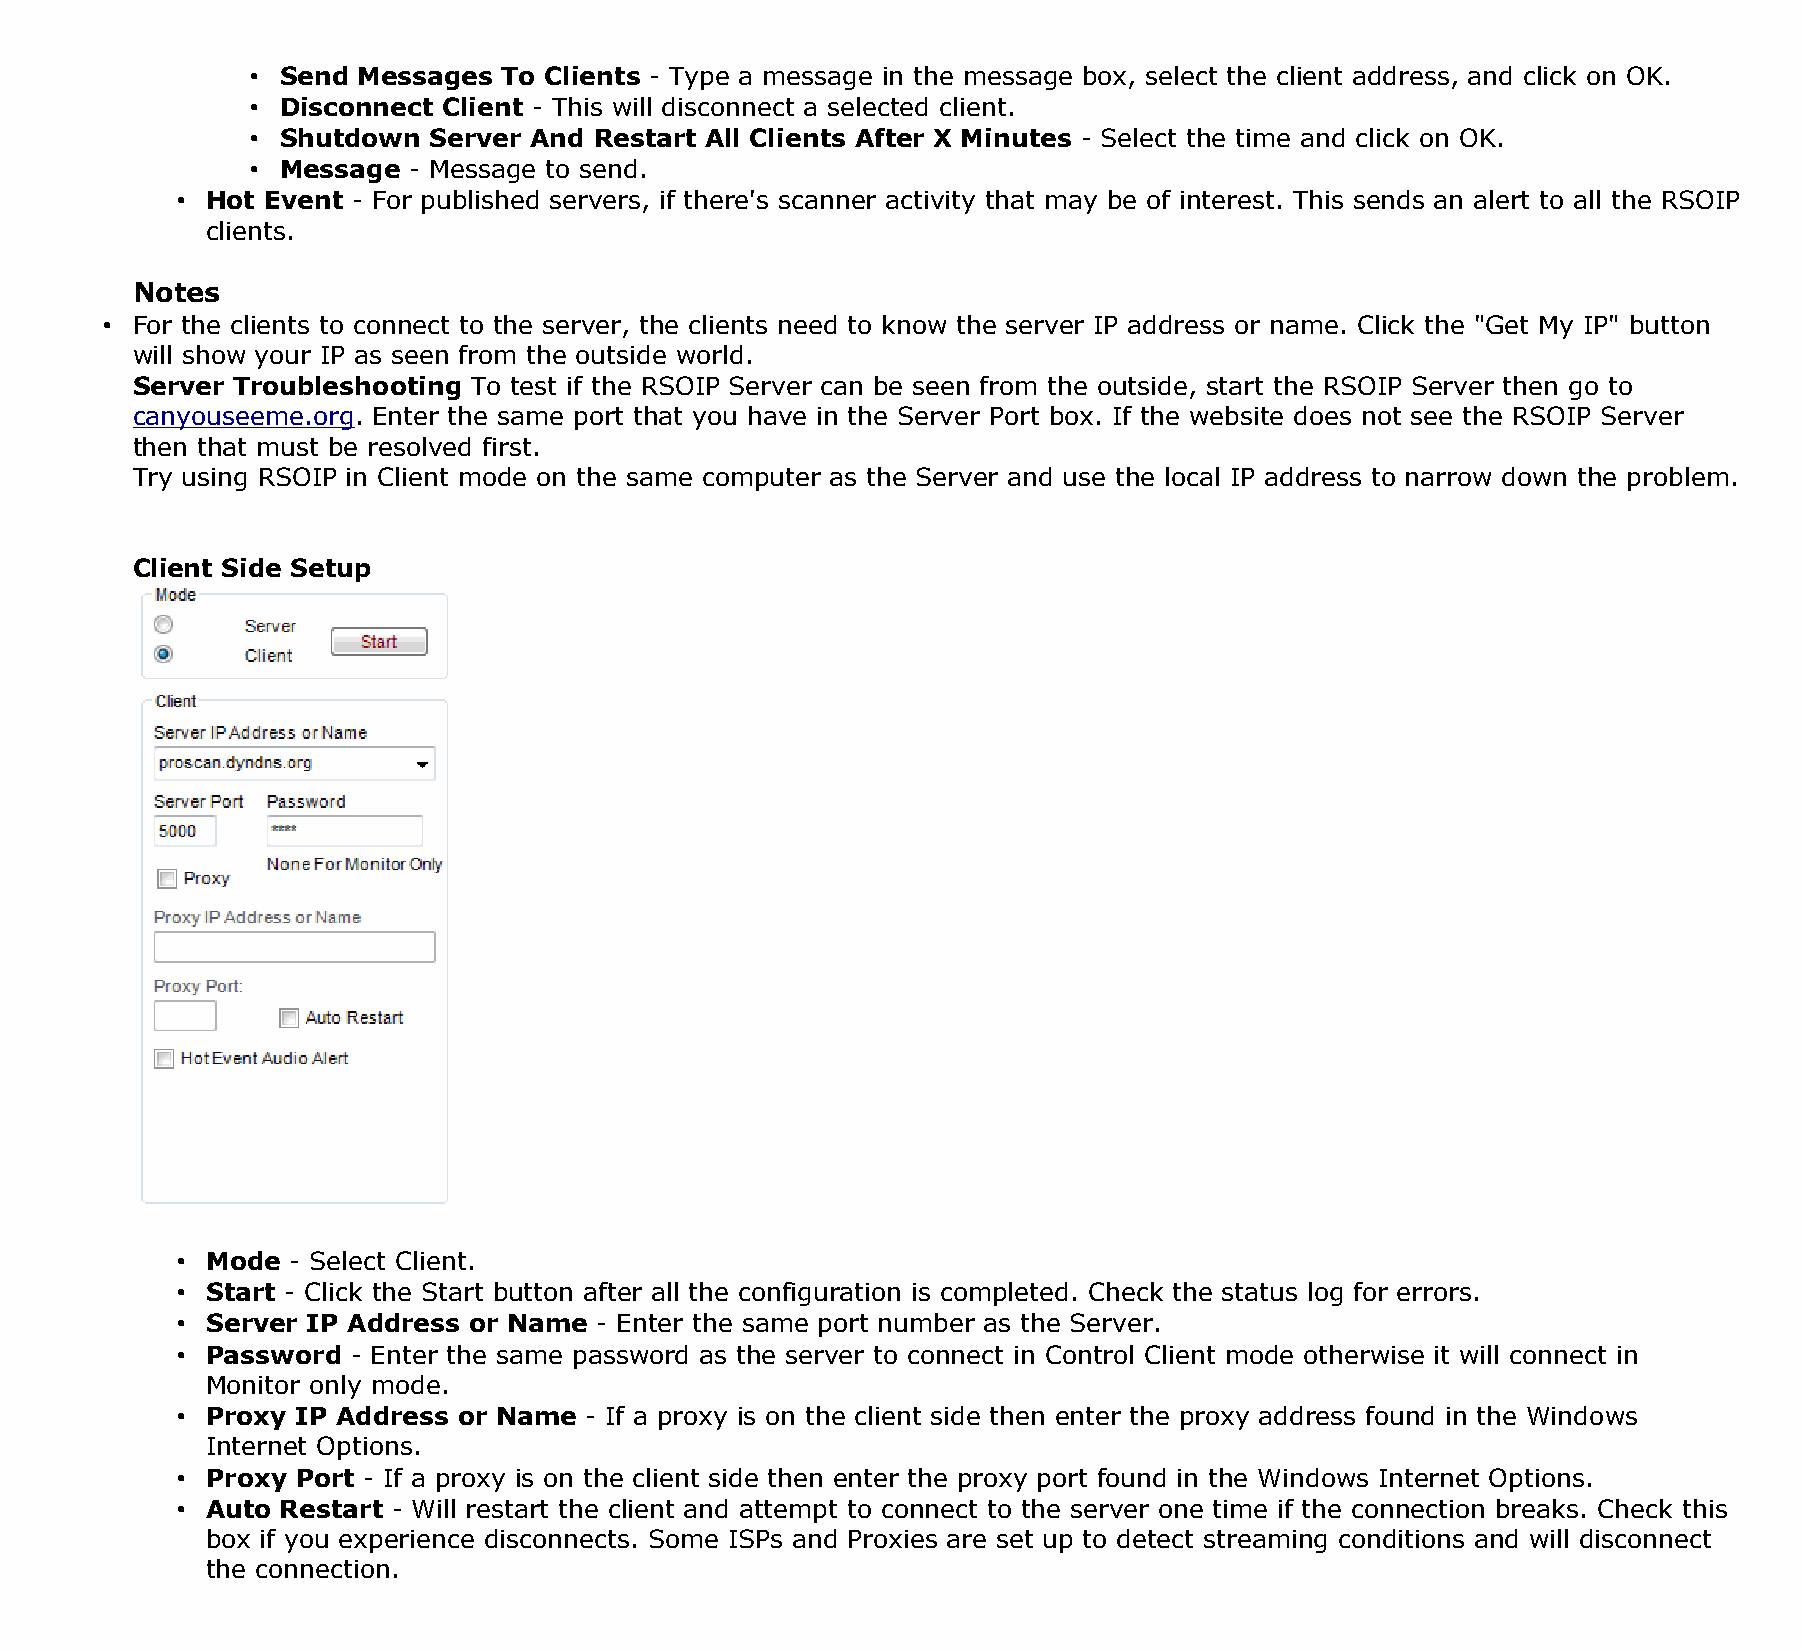
• Send Messages To Clients - Type a message in the message box, select the client address, and click on OK.
 • Disconnect Client - This will disconnect a selected client.
 • Shutdown Server And Restart All Clients After X Minutes - Select the time and click on OK.
 • Message - Message to send.
 • Hot Event - For published servers, if there's scanner activity that may be of interest. This sends an alert to all the RSOIP
 clients.
 Notes
 • For the clients to connect to the server, the clients need to know the server IP address or name. Click the "Get My IP" button
 will show your IP as seen from the outside world.
 Server Troubleshooting To test if the RSOIP Server can be seen from the outside, start the RSOIP Server then go to
 canyouseeme.org. Enter the same port that you have in the Server Port box. If the website does not see the RSOIP Server
 then that must be resolved first.
 Try using RSOIP in Client mode on the same computer as the Server and use the local IP address to narrow down the problem.
 Client Side Setup
 • Mode - Select Client.
 • Start - Click the Start button after all the configuration is completed. Check the status log for errors.
 • Server IP Address or Name - Enter the same port number as the Server.
 • Password - Enter the same password as the server to connect in Control Client mode otherwise it will connect in
 Monitor only mode.
 • Proxy IP Address or Name - If a proxy is on the client side then enter the proxy address found in the Windows
 Internet Options.
 • Proxy Port - If a proxy is on the client side then enter the proxy port found in the Windows Internet Options.
 • Auto Restart - Will restart the client and attempt to connect to the server one time if the connection breaks. Check this
 box if you experience disconnects. Some ISPs and Proxies are set up to detect streaming conditions and will disconnect
 the connection.